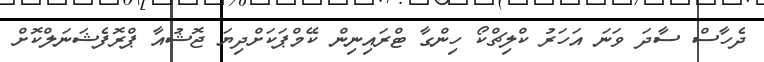
ދެހާސް ސާދަ ވަނަ އަހަރު ކްލިޗްކޯ ހިންގާ ޓްރައިނިން ކޭމްޕަކަށްދިޔަ ޖޮޝުއާ ޕްރޮފެޝަނަލްކޮށް